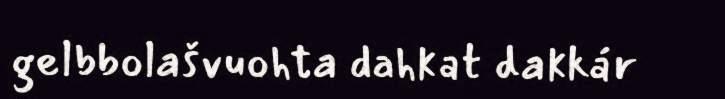
gelbbolašvuohta dahkat dakkár